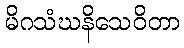
မိဂသံဃနိသေဝိတာ